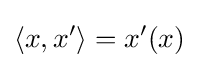
\langle x,x'\rangle =x'(x)